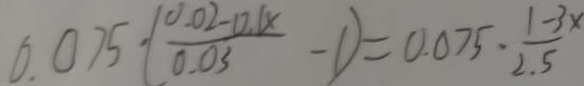
0 . 0 7 5 \cdot ( \frac { 0 . 0 2 - 0 . 1 x } { 0 . 0 3 } - 1 ) = 0 . 0 7 5 \cdot \frac { 1 - 3 x } { 2 . 5 }